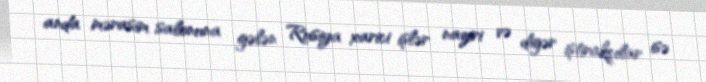
anda mərasim salonuna gələn Rusiya xarici işlər naziri və digər iştirakçılar isə